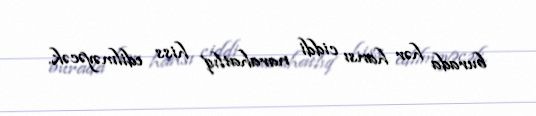
burada hər hansı ciddi narahatlıq hiss edilməyəcək.